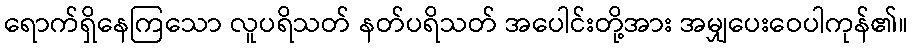
ရောက်ရှိနေကြသော လူပရိသတ် နတ်ပရိသတ် အပေါင်းတို့အား အမျှပေးဝေပါကုန်၏။